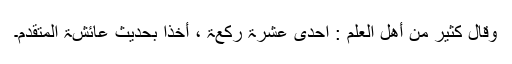
وقال کثیر من أھل العلم : احدی عشرۃ رکعۃ ، أخذا بحدیث عائشۃ المتقدّم۔